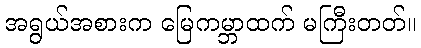
အရွယ်အစားက မြေကမ္ဘာထက် မကြီးတတ်။